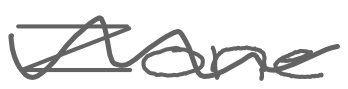
Text: Zone
Cross-out: wave
Writing tool: digital_gray